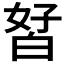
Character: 𰤘